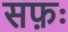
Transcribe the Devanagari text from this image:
सफ़ः